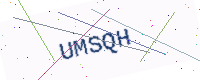
Text: UMSQH